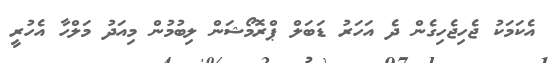
އެކަމަކު ޖެހިޖެހިގެން ދެ އަހަރު ޑަބަލް ޕްރޮމޯޝަން ލިބުމުން މިއަދު މަލްހާ އެހުރީ